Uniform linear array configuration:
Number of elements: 4
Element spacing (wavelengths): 0.75
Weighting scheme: uniform
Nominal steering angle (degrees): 0
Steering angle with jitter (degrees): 0.1785
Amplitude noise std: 0.05
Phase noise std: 0.05

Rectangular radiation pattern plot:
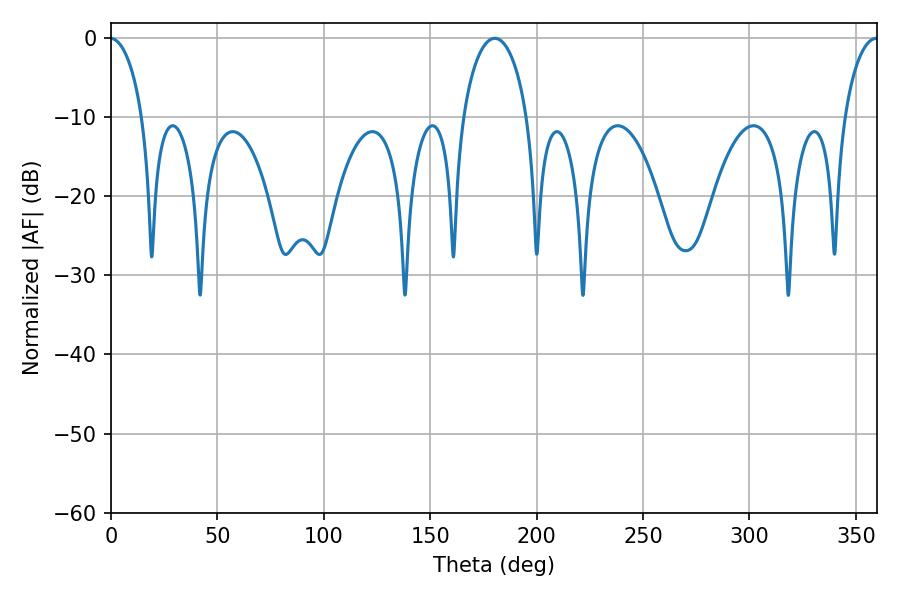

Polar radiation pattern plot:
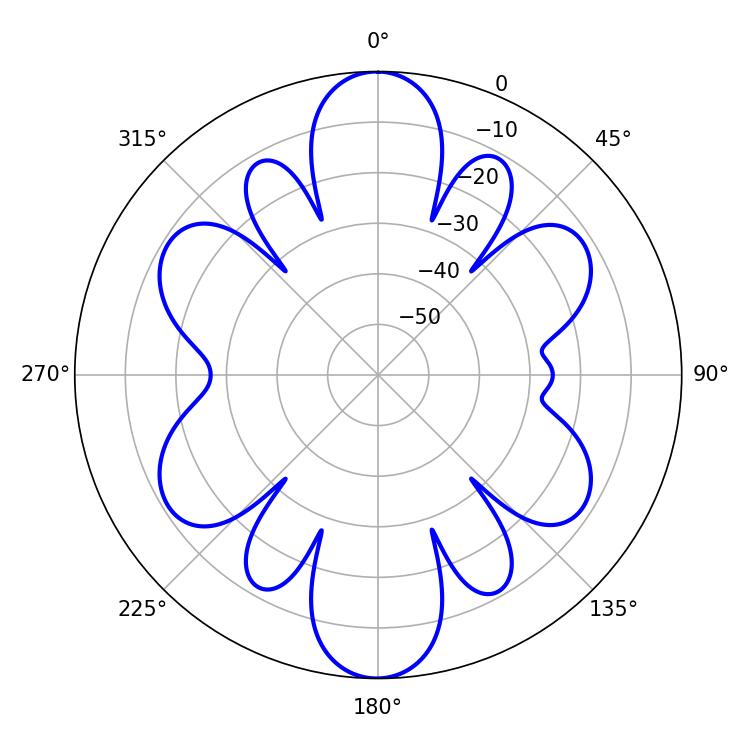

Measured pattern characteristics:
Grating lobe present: TRUE
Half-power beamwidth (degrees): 17.28
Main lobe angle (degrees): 180.36